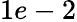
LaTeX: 1e-2